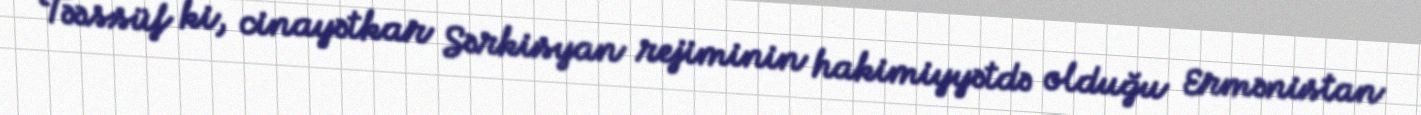
Təəssüf ki, cinayətkar Sərkisyan rejiminin hakimiyyətdə olduğu Ermənistan